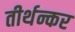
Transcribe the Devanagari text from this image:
तीर्थन्कर